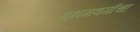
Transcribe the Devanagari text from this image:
प्रथमवर्गाचा